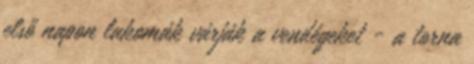
első napon lakomák várják a vendégeket - a torna